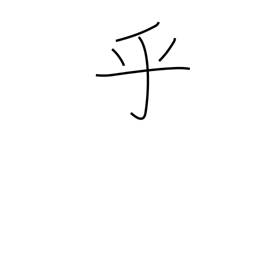
Meaning: question mark